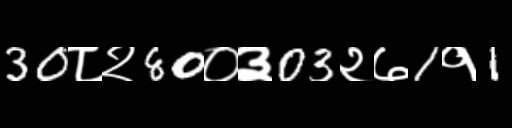
Text: 30८२80०३03२७1१1